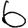
Digit: 6